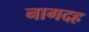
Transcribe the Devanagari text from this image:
नागदह